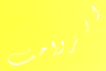
الزواحف